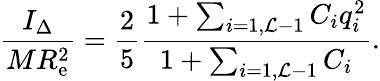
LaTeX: \frac{I_{\Delta}}{MR_{\mathrm{e}}^{2}}=\frac{2}{5}\frac{{1+\sum_{i=1,{\cal L}-1}C_{i}q_{i}^{2}}}{1+\sum_{i=1,{\cal L}-1}C_{i}}.